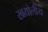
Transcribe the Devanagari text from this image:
खयोलीय